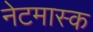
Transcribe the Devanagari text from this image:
नेटमास्क